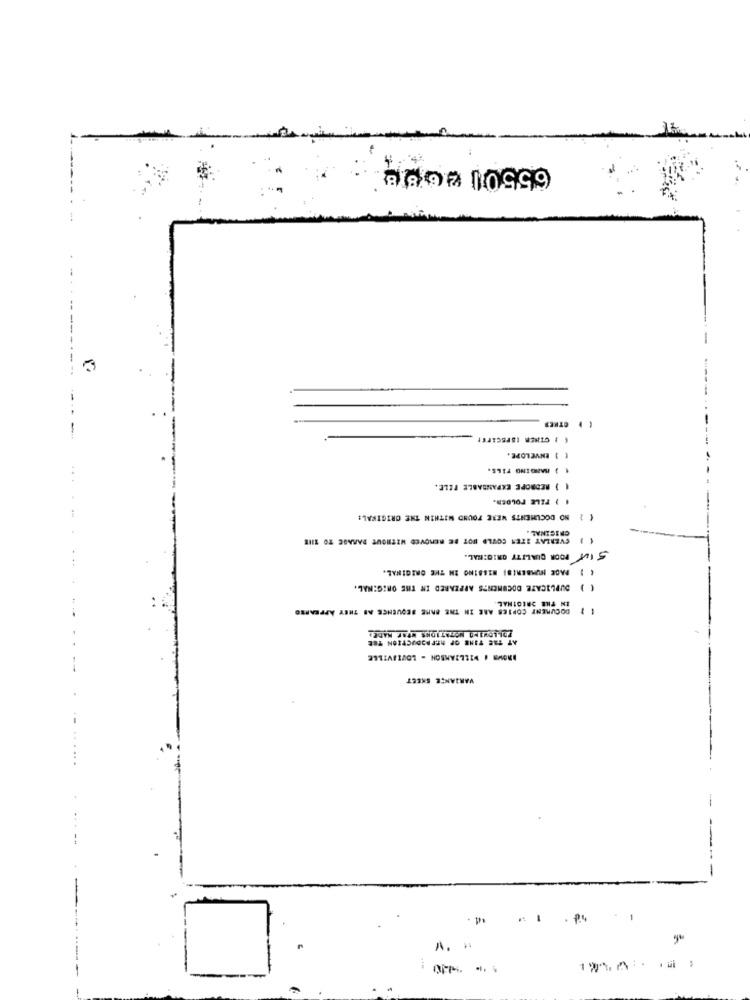
65501 2 6/813
E ) CINER ISPSCAFE!
( ) ENVELOPE.
( ) BANGING FILS.
( ) BEDROPE EXPANDABLE FELE.
4 } TELE FOLDER.
{ } NO DOCUMENTS WERE FOUND WITHIN THE ORIGINAL:
ORIGINAL .
OVERLAY ITEN COULD NOT BE REMOVED WITHOUT DAMAGE TO THE
SIut POOR QUALITY ORIGINAL.
( ) PAGE NUMBERIDI MISSING IN THE ORIGINAL.
( ) DUPLICATE DOCUMENTS APPEARED IN THE ORIGINAL.
IN THE ORIGINAL
( } DOCUMENT COPIES ARE IN THE SAME SEQUENCE AB THEY APPEARED
FOLLOWIMO NOTATIDISS WERE MADE:
AT THE TIME OF REPRODUCTION TER
INOVA . WILLIAMSON - LOUTIVILLE
VARIANCE SHEET
---
--